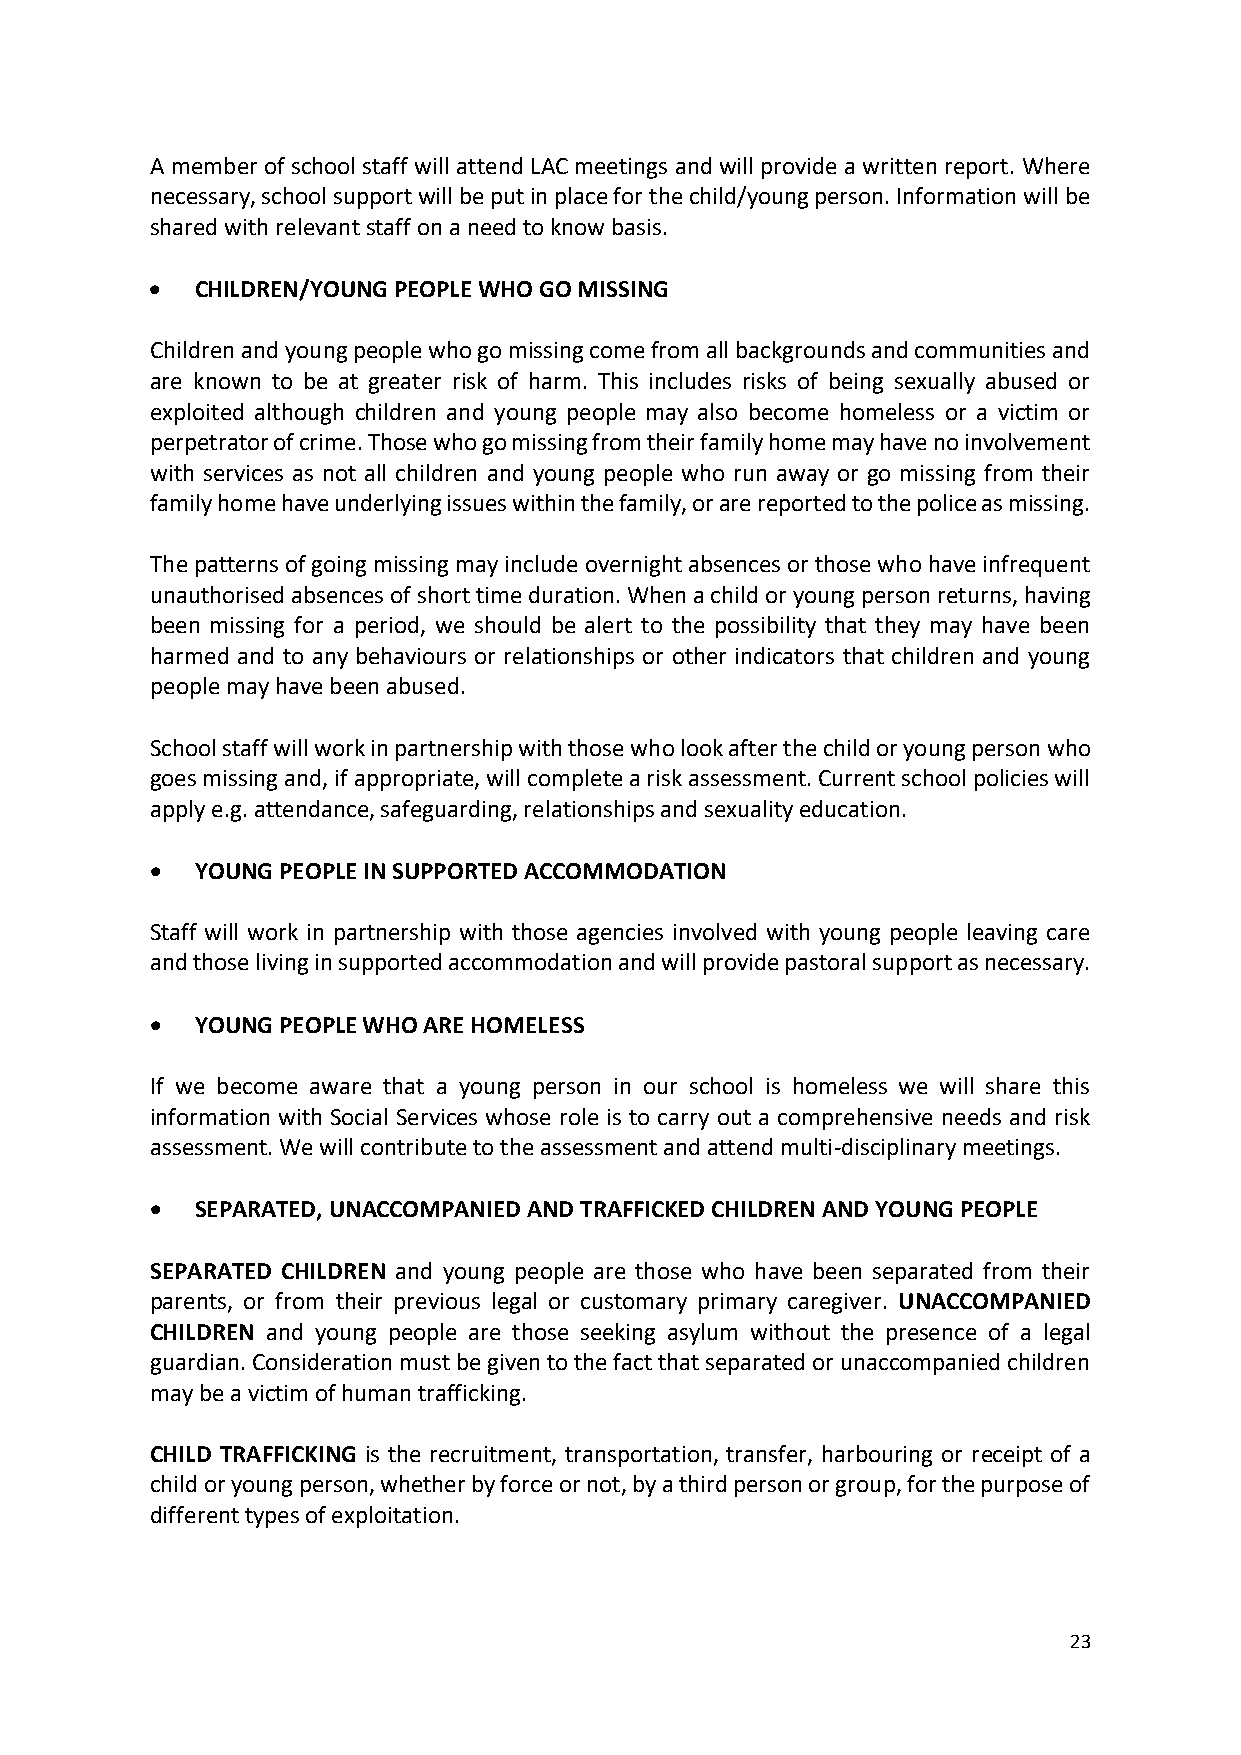
A member of school staff will attend LAC meetings and will provide a written report. Where
 necessary, school support will be put in place for the child/young person. Information will be
 shared with relevant staff on a need to know basis.
   CHILDREN/YOUNG PEOPLE WHO GO MISSING
 Children and young people who go missing come from all backgrounds and communities and
 are known to be at greater risk of harm. This includes risks of being sexually abused or
 exploited although children and young people may also become homeless or a victim or
 perpetrator of crime. Those who go missing from their family home may have no involvement
 with services as not all children and young people who run away or go missing from their
 family home have underlying issues within the family, or are reported to the police as missing.
 The patterns of going missing may include overnight absences or those who have infrequent
 unauthorised absences of short time duration. When a child or young person returns, having
 been missing for a period, we should be alert to the possibility that they may have been
 harmed and to any behaviours or relationships or other indicators that children and young
 people may have been abused.
 School staff will work in partnership with those who look after the child or young person who
 goes missing and, if appropriate, will complete a risk assessment. Current school policies will
 apply e.g. attendance, safeguarding, relationships and sexuality education.
   YOUNG PEOPLE IN SUPPORTED ACCOMMODATION
 Staff will work in partnership with those agencies involved with young people leaving care
 and those living in supported accommodation and will provide pastoral support as necessary.
   YOUNG PEOPLE WHO ARE HOMELESS
 If we become aware that a young person in our school is homeless we will share this
 information with Social Services whose role is to carry out a comprehensive needs and risk
 assessment. We will contribute to the assessment and attend multi-disciplinary meetings.
   SEPARATED, UNACCOMPANIED AND TRAFFICKED CHILDREN AND YOUNG PEOPLE
 SEPARATED CHILDREN and young people are those who have been separated from their
 parents, or from their previous legal or customary primary caregiver. UNACCOMPANIED
 CHILDREN and young people are those seeking asylum without the presence of a legal
 guardian. Consideration must be given to the fact that separated or unaccompanied children
 may be a victim of human trafficking.
 CHILD TRAFFICKING is the recruitment, transportation, transfer, harbouring or receipt of a
 child or young person, whether by force or not, by a third person or group, for the purpose of
 different types of exploitation.
 23